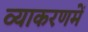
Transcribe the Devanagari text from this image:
व्याकरणमें